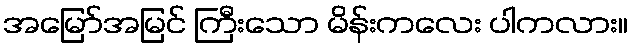
အမြော်အမြင် ကြီးသော မိန်းကလေး ပါကလား။